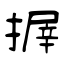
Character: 搱